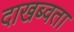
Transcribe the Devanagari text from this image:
दाखब्वता